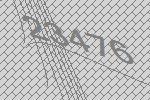
23476